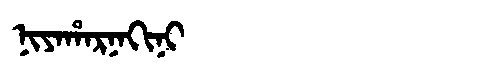
Manchu: ᠨᡳᠶᠠᡥᠠᡵᠨᠠᡴᡳᠨᡳ
Romanization: NIYAHARNAKINI